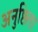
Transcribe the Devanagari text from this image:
अनुष्ठिला